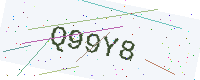
Text: Q99Y8